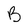
Character: B